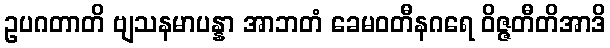
ဥပဂတာတိ ဗျသနမာပန္နာ အာဘတံ ခေမဝတီနဂရေ ဝိဇ္ဇတီတိအာဒိ